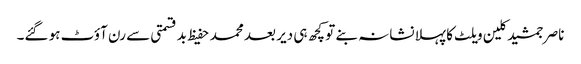
ناصر جمشید کلین ویلٹ کا پہلا نشانہ بنے تو کچھ ہی دیر بعد محمد حفیظ بدقسمتی سے رن آؤٹ ہو گئے۔